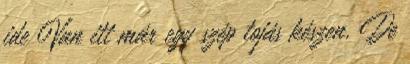
ide Van itt már egy szép tojás készen. De